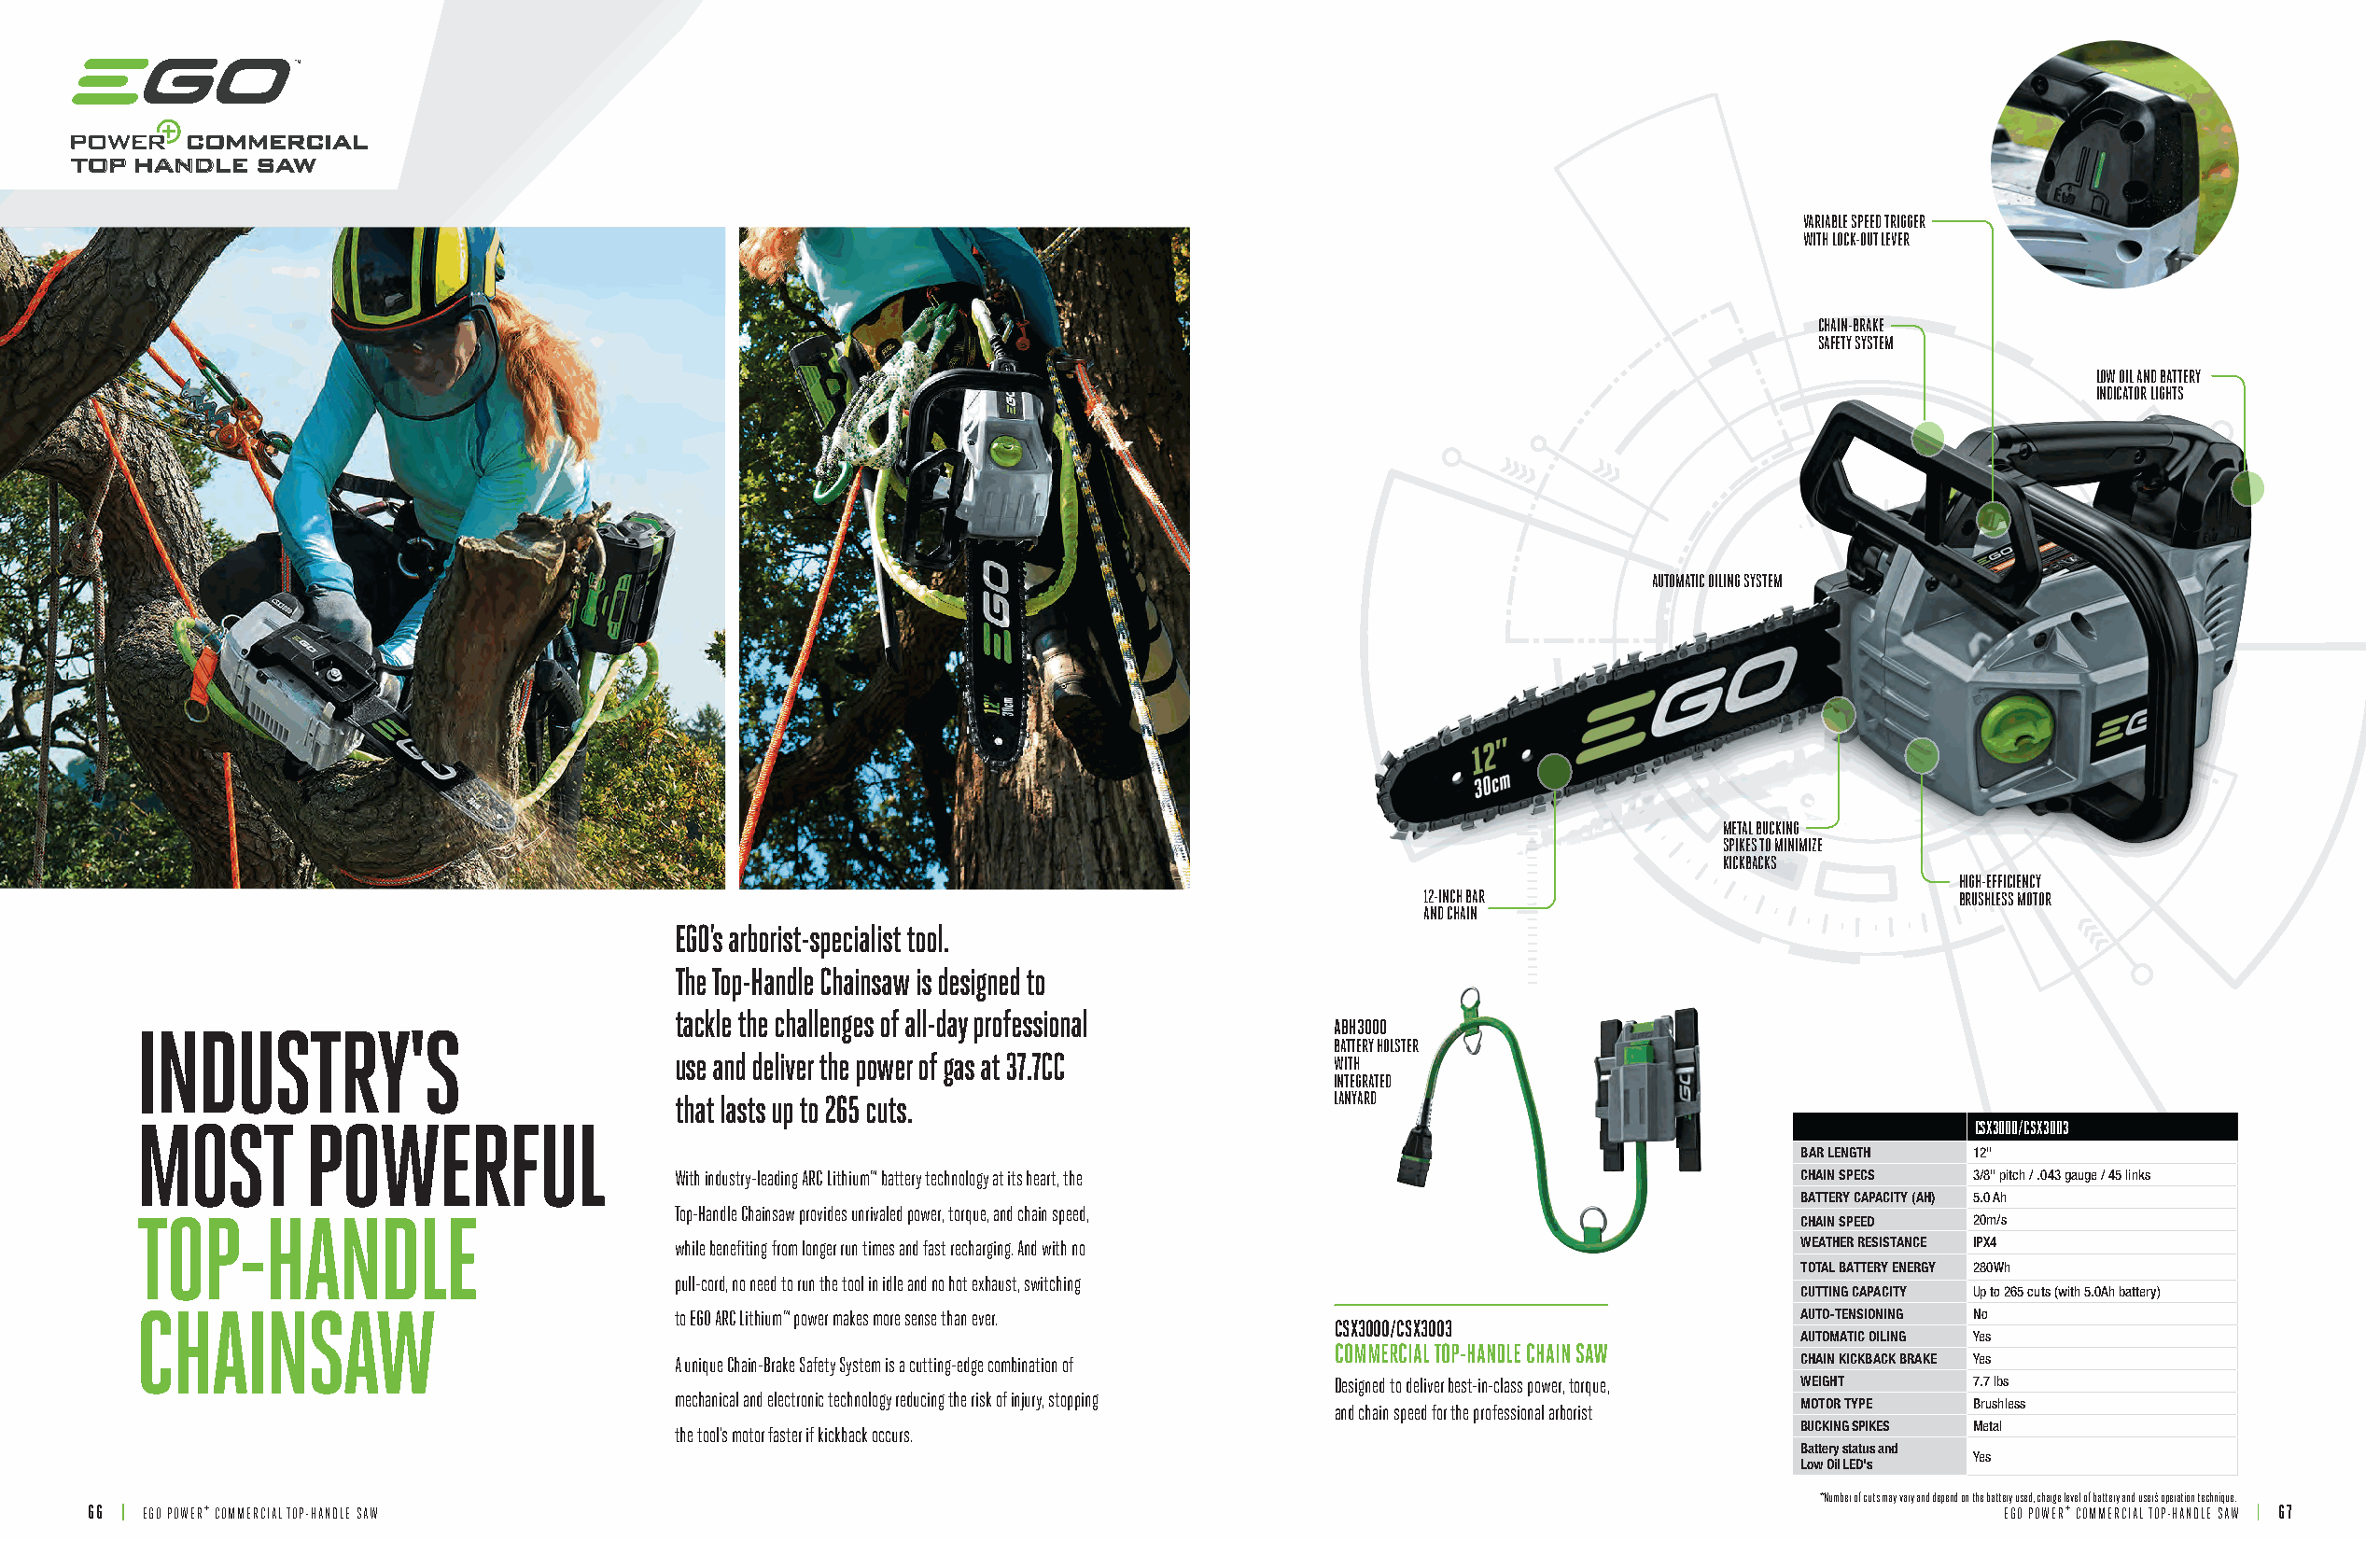
CCOOMMMMEERRCCIIAALL
 TTOOPP HHAANNDDLLEE SSAAWW
 VARIABLE SPEED TRIGGER
 WITH LOCK-OUT LEVER
 CHAIN-BRAKE
 SAFETY SYSTEM
 LOW OIL AND BATTERY
 INDICATOR LIGHTS
 AUTOMATIC OILING SYSTEM
 METAL BUCKING
 SPIKES TO MINIMIZE
 KICKBACKS
 HIGH-EFFICIENCY
 12-INCH BAR                           BRUSHLESS MOTOR
 AND CHAIN
 EGO’s arborist-specialist tool.
 The Top-Handle Chainsaw is designed to
 tackle the challenges of all-day professional
 INDUSTRY'S                                                                           ABH3000
 BATTERY HOLSTER
 use and deliver the power of gas at 37.7CC     WITH
 INTEGRATED
 that lasts up to 265 cuts.                     LANYARD
 MOST        POWERFUL                                                                                                              CSX3000/CSX3003
 BAR LENGTH  12"
 With industry-leading ARC Lithium™ battery technology at its heart, the         CHAIN SPECS 3/8" pitch / .043 gauge / 45 links
 BATTERY CAPACITY (AH) 5.0 Ah
 TOP-HANDLE                            Top-Handle Chainsaw provides unrivaled power, torque, and chain speed,
 CHAIN SPEED 20m/s
 while benefiting from longer run times and fast recharging. And with no         WEATHER RESISTANCE IPX4
 TOTAL BATTERY ENERGY 280Wh
 pull-cord, no need to run the tool in idle and no hot exhaust, switching
 CUTTING CAPACITY Up to 265 cuts (with 5.0Ah battery)
 CHAINSAW
 to EGO ARC Lithium™ power makes more sense than ever.                           AUTO-TENSIONING No
 CSX3000/CSX3003
 AUTOMATIC OILING Yes
 COMMERCIAL TOP-HANDLE CHAIN SAW
 A unique Chain-Brake Safety System is a cutting-edge combination of             CHAIN KICKBACK BRAKE Yes
 Designed to deliver best-in-class power, torque, WEIGHT 7.7 lbs
 mechanical and electronic technology reducing the risk of injury, stopping
 and chain speed for the professional arborist MOTOR TYPE Brushless
 the tool’s motor faster if kickback occurs.                                     BUCKING SPIKES Metal
 Battery status and
 Yes
 Low Oil LED's
 *Number of cuts may vary and depend on the battery used, charge level of battery and user’s operation technique.
 66 | EGO POWER+ COMMERCIAL TOP-HANDLE SAW                                                                                               EGO POWER+ COMMERCIAL TOP-HANDLE SAW | 67
 V